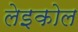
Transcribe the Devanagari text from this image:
लेइकोल